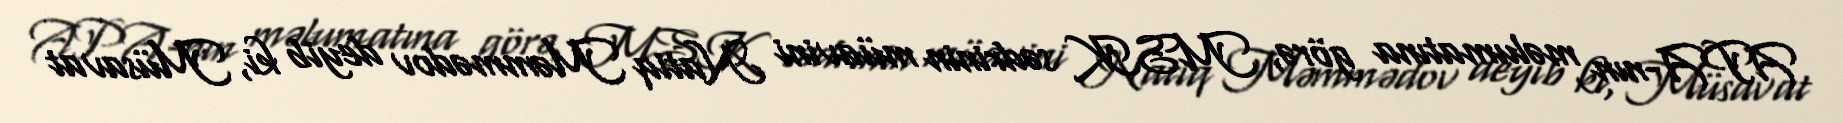
APA-nın məlumatına görə, MSK sədrinin müavini Natiq Məmmədov deyib ki, Müsavat